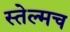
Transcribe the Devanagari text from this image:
स्तेल्मच